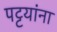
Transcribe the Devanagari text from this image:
पट्टयांना